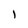
Character: I